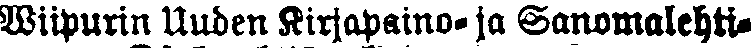
Wiipurin Uuden Kirjapaino- ja Sanomalehti-